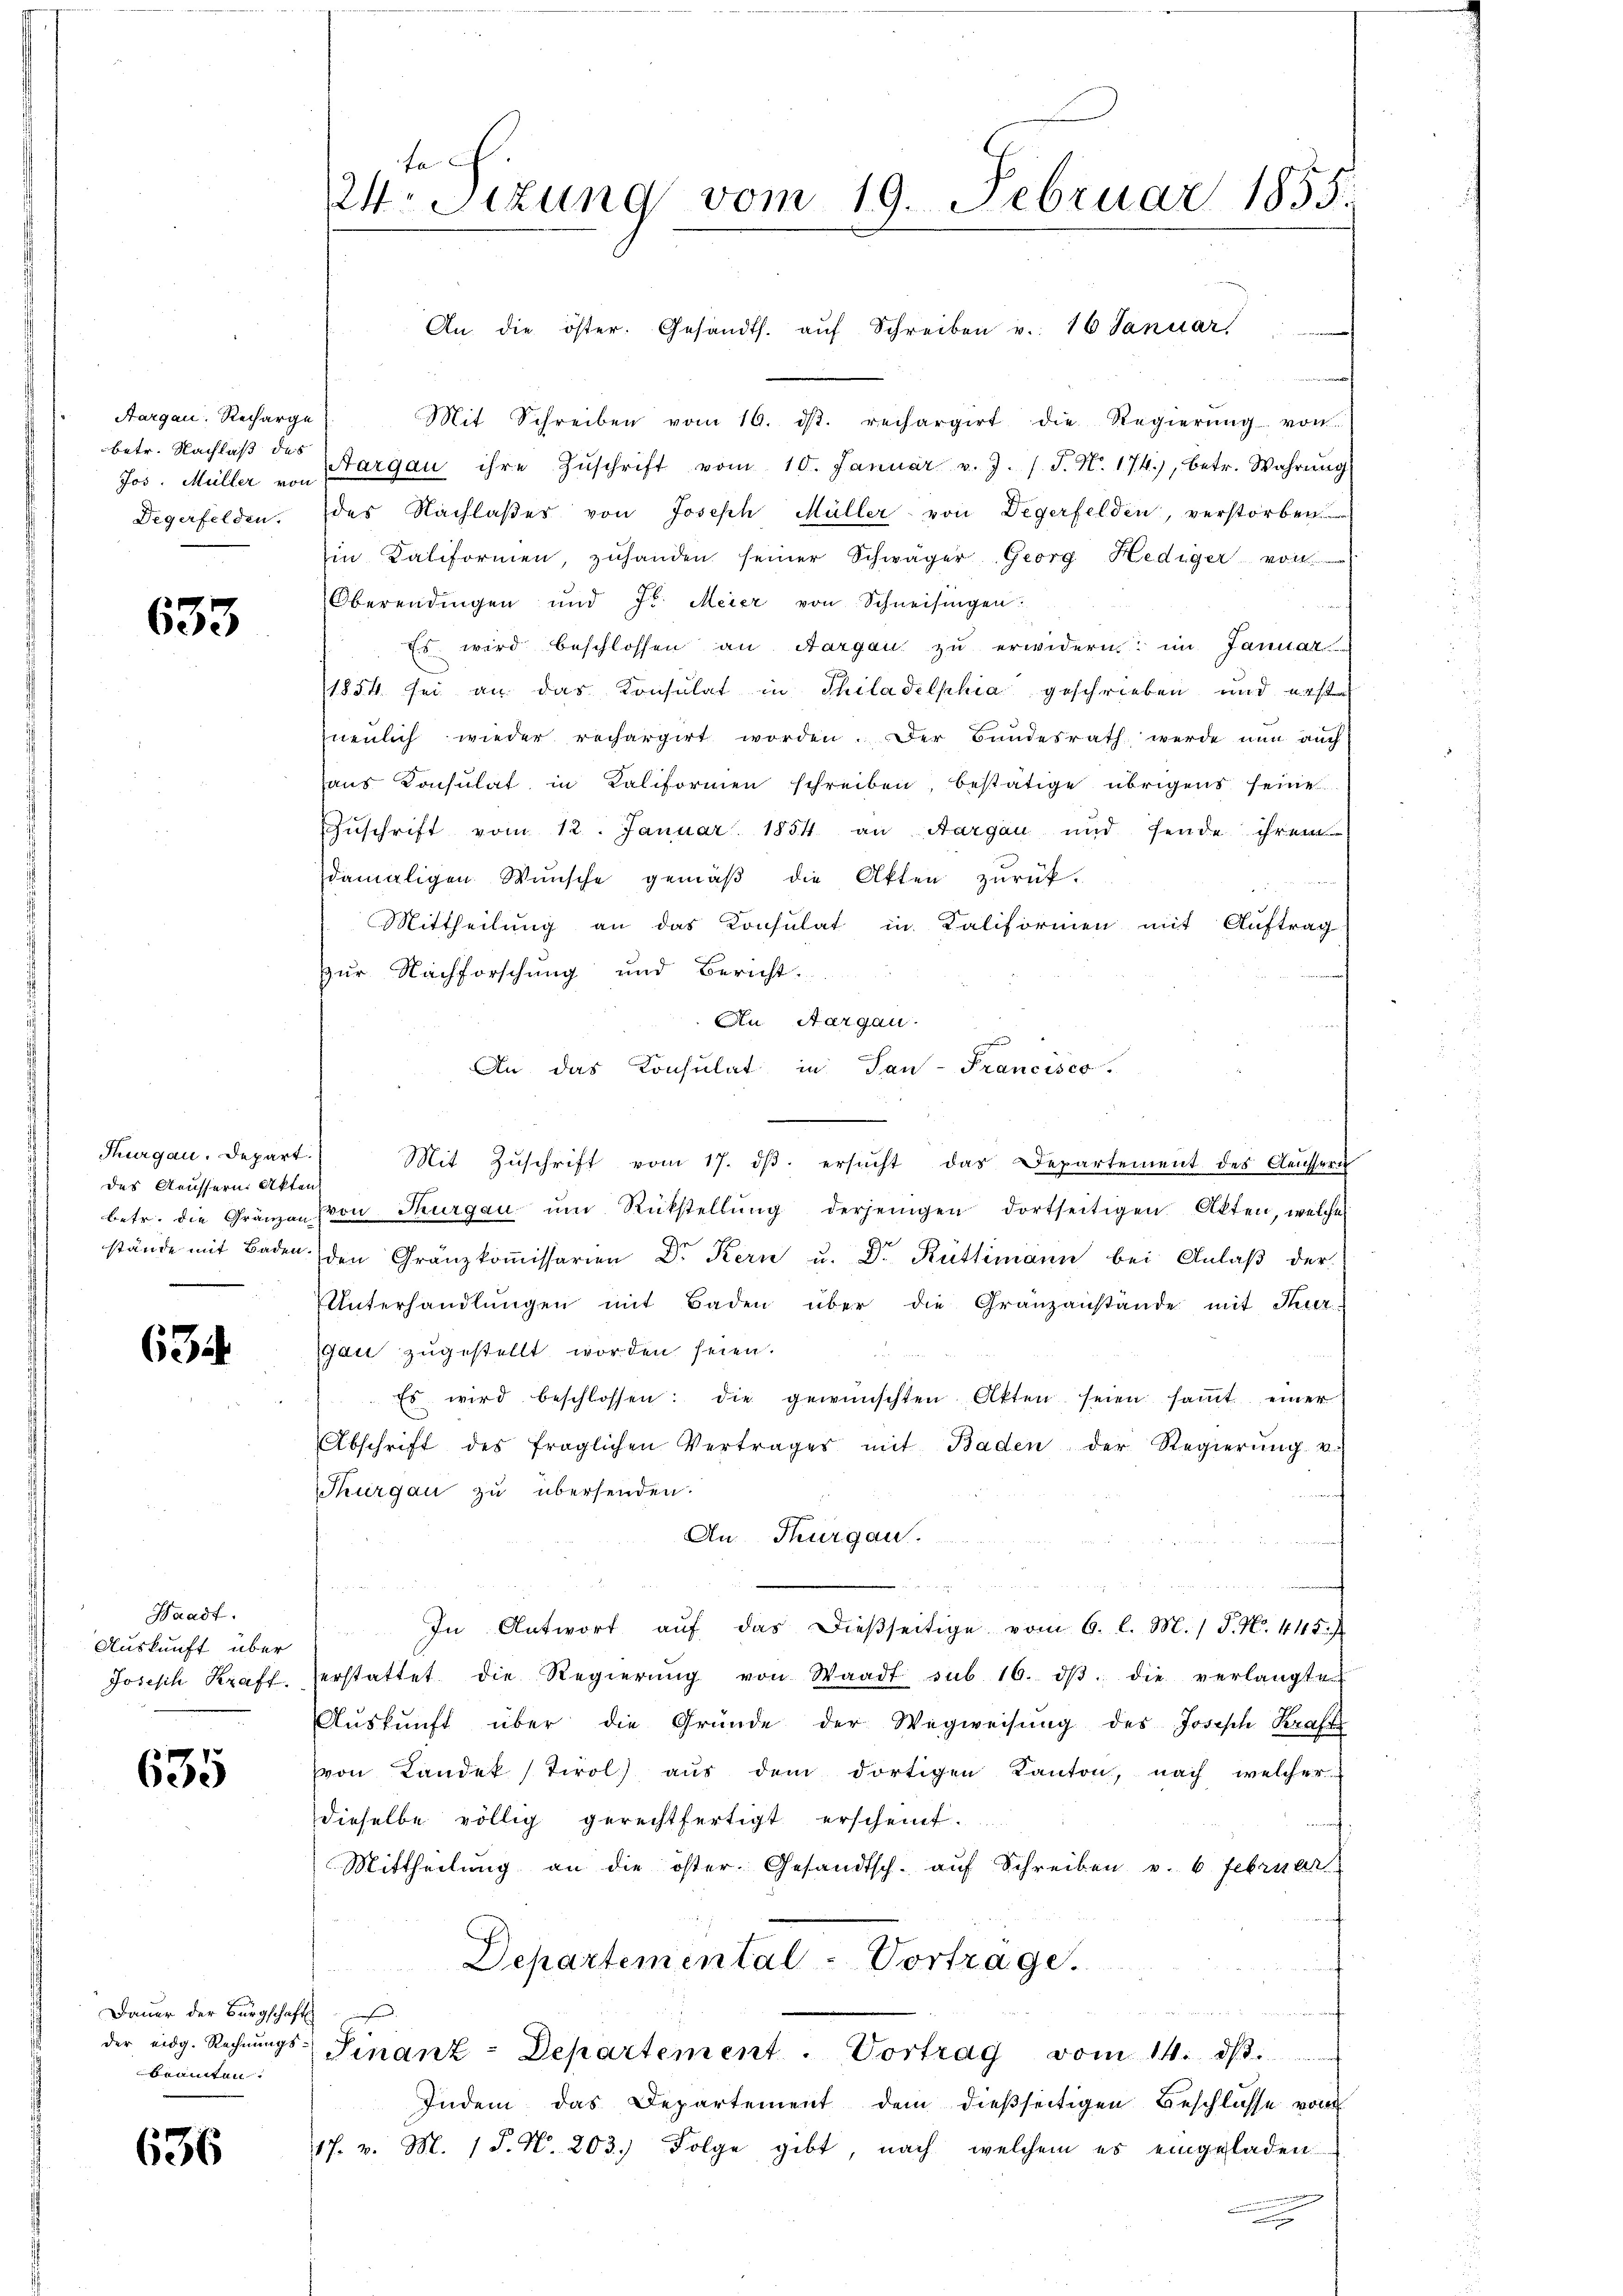
Aargau, Recharge
betr. Nachlaß das
Degerfelden.

633

Thurgau. Depart.
des Aeussern Akten

634

Waadt.
Auskunft über

635

Dauer der Bürgschaft
brannten.

636

F
24. Sitzung vom 19. Februar 1855.

An die öster. Gesandts. aŭf Schreiben u. 16 Januar
Mit Schreiben vom 16. dβ. rechargirt die Regierŭng von
Jos. Müller von Sargau ihre Zŭschrift vom 10. Januar v. J. /. P. Nr. 174), betr. Wahrŭng
des Nachlaßes von Joseph Müller von Degerfelden, verstorben
in Kaliformen, zuhanden seiner Schwäger Georg Hediger von
Oberendingen und Fr. Meier von Schneisingen:
Es wird beschlossen an Aargau zu erwidern im Januar
1854 sei an das Konsulat in Philadelphia geschrieben, und erst
neulich wieder rechargirt worden. Der Bundesrath werde nun auch
aus Consulat, in Kaliformen schreiben, bestätige übrigens seine
Zŭschrift vom 12. Januar 1851 an Aargau und sende ihrem
damaligen Wünsche gemäβ die Akten zurück-
Mittheilung an das Konsulat in Kaliformen mit Auftrag
Zur Nachforschung und Bericht.
An Aargau.

An das Konsulat in Tan-Francisco
Mit Zŭschrift vom 17. dβ. ersŭcht das Departement des Aeusseru
betr. die Gränzen (von Thurgau. ŭm Rückstellŭng derjenigen dortseitigen Akten, welches
stände mit Baden den Gränzkoṁissarien Dr. Kern u. Dr. Rüttimann bei Anlaß der
Unterhandlungen mit Baden über die Granzanstände mit Turgan zugestellt worden seien.
Es wird beschlossen: die gewünschten Akten seien saṁt einer
Abschrift des fraglichen Vertrages mit Baden der Regierŭng v.
Thurgau zu übersenden.
An Thurgau.
un

u
In Antwort aŭf das dießseitige vom 6. l. M. 1 S. N. 445.
Josisch Kraft, erstattet die Regierŭng von Waadt sub. 16. dβ die verlangte
Auskunft über die Gründe der Wegweisung des Josisch Kraft
von Landek / Tirol aus dem dortigen Kanton, nach, welcher
dieselbe völlig gerechtfertigt erscheint.
Mittheilŭng an die öster Gesandtsch. aŭf Schreiben v. 6. Februar
Departemental-Vortrage.
der eidg. Rechnŭngs-Finanz-Departement. Vortrag vom 14. ds.
Indem das Departement dem dießseitigen Beschlüsse vom
17. v. M. (T. N. 203.) Folge gibt, nach, welchem es eingeladen